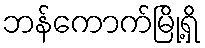
ဘန်ကောက်မြို့ရှိ